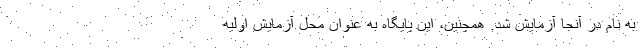
به نام در آنجا آزمایش شد. همچنین، این پایگاه به عنوان محل آزمایش اولیه